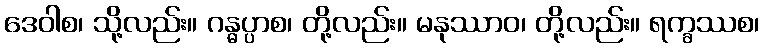
ဒေဝါစ၊ သို့လည်း။ ဂန္ဓပ္ပာစ၊ တို့လည်း။ မနုဿာဝ၊ တို့လည်း။ ရက္ခဿစ၊